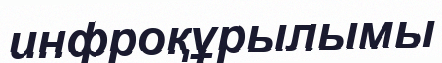
инфроқұрылымы